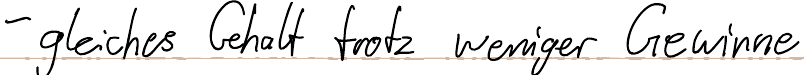
- gleiches Gehalt trotz weniger Gewinne